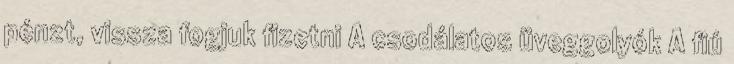
pénzt, vissza fogjuk fizetni A csodálatos üveggolyók A fiú